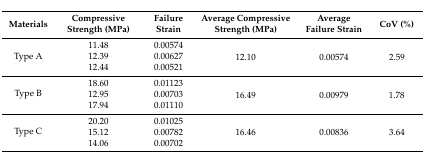
<table><thead><tr><td><b>Materials</b></td><td><b>Compressive Strength (MPa)</b></td><td><b>Failure Strain</b></td><td><b>Average Compressive Strength (MPa)</b></td><td><b>Average Failure Strain</b></td><td><b>CoV (%)</b></td></tr></thead><tbody><tr><td rowspan="3">Type A</td><td>11.48</td><td>0.00574</td><td rowspan="3">12.10</td><td rowspan="3">0.00574</td><td rowspan="3">2.59</td></tr><tr><td>12.39</td><td>0.00627</td></tr><tr><td>12.44</td><td>0.00521</td></tr><tr><td rowspan="3">Type B</td><td>18.60</td><td>0.01123</td><td rowspan="3">16.49</td><td rowspan="3">0.00979</td><td rowspan="3">1.78</td></tr><tr><td>12.95</td><td>0.00703</td></tr><tr><td>17.94</td><td>0.01110</td></tr><tr><td rowspan="3">Type C</td><td>20.20</td><td>0.01025</td><td rowspan="3">16.46</td><td rowspan="3">0.00836</td><td rowspan="3">3.64</td></tr><tr><td>15.12</td><td>0.00782</td></tr><tr><td>14.06</td><td>0.00702</td></tr></tbody></table>